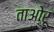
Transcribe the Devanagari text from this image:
ताओरू